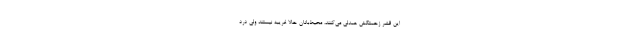
این قشر زحمتکش همدلی می‌کنند، محیط‌بانان حالا غریبه نیستند ولی درد